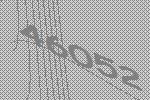
46052